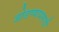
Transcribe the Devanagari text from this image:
जोडण्यायसाठी